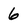
Character: 6